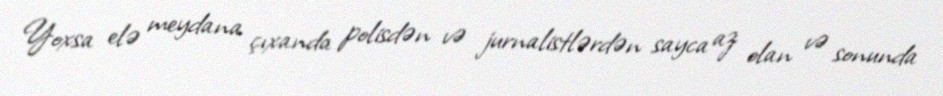
Yoxsa elə meydana çıxanda polisdən və jurnalistlərdən sayca az olan və sonunda